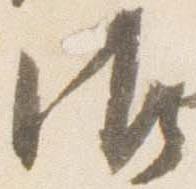
御